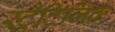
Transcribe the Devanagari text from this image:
स्ट्रैटिजिक